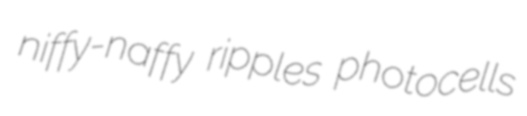
niffy-naffy ripples photocells